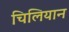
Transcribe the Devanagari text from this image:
चिलियान